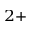
^ { 2 + }